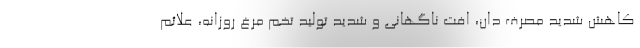
کاهش شدید مصرف دان، افت ناگهانی و شدید تولید تخم مرغ روزانه، علائم